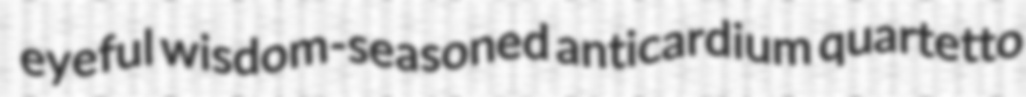
eyeful wisdom-seasoned anticardium quartetto